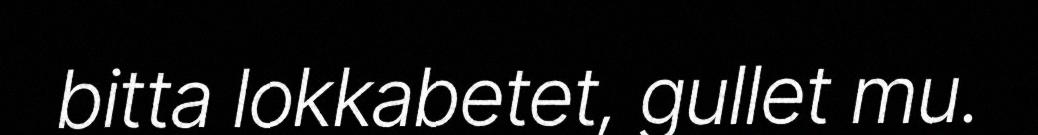
bitta lokkabetet, gullet mu.